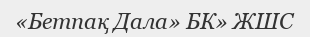
«Бетпақ Дала» БК» ЖШС